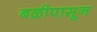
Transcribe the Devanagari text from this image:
बळीपासून